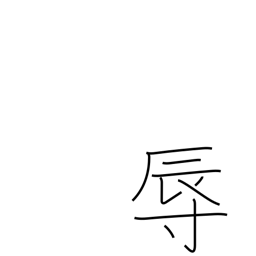
Meaning: humiliate